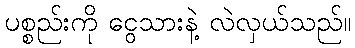
ပစ္စည်းကို ငွေသားနဲ့ လဲလှယ်သည်။